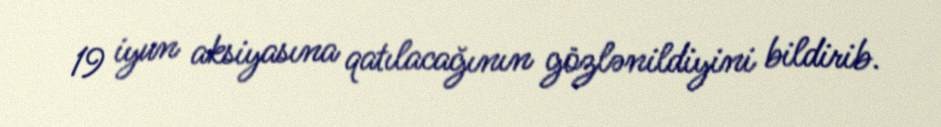
19 iyun aksiyasına qatılacağının gözlənildiyini bildirib.